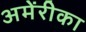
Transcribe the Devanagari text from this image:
अमेंरीका